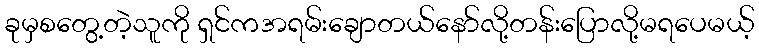
ခုမှစတွေ့တဲ့သူကို ရှင်ကအရမ်းချောတယ်နော်လို့တန်းပြောလို့မရပေမယ့်